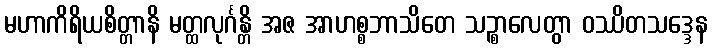
မဟာကိရိယစိတ္တာနိ မတ္ထလုင်္ဂန္တိ အဇ အာဟစ္စဘာသိတေ သဉ္စာလေတွာ ဝဿိတသဒ္ဒေန